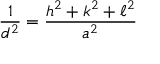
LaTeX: { \frac { 1 } { d ^ { 2 } } } = { \frac { h ^ { 2 } + k ^ { 2 } + \ell ^ { 2 } } { a ^ { 2 } } }